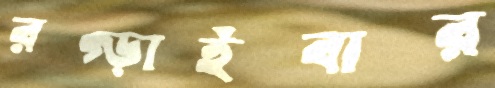
রগ্‌ড়াইবার